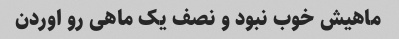
ماهیش خوب نبود و نصف یک ماهی رو اوردن